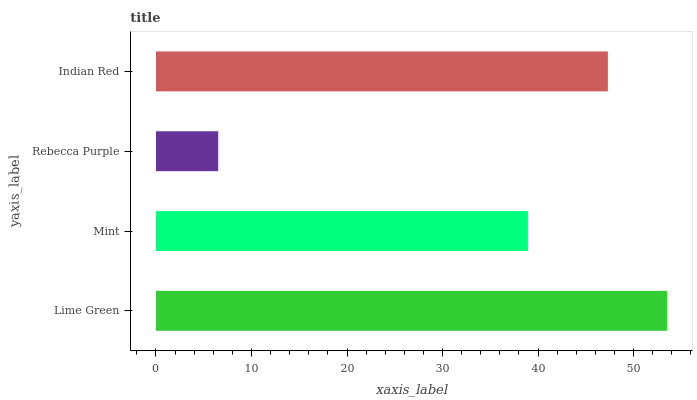
| yaxis_label | bars |
 | --- | --- |
 | Lime Green | 53.5 |
 | Mint | 38.9 |
 | Rebecca Purple | 6.52 |
 | Indian Red | 47.3 |